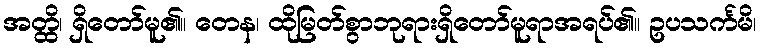
အတ္ထိ၊ ရှိတော်မူ၏။ တေန၊ ထိုမြတ်စွာဘုရားရှိတော်မူရာအရပ်၏။ ဥပသင်္ကမိ၊